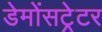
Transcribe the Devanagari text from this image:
डेमोंसट्रेटर